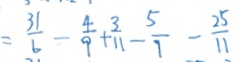
= \frac { 3 1 } { 6 } - \frac { 4 } { 9 } + \frac { 3 } { 1 1 } - \frac { 5 } { 7 } - \frac { 2 5 } { 1 1 }